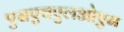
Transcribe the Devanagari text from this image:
एसएचएलओएम